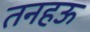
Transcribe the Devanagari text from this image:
तनहऊ